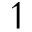
\upharpoonleft